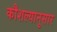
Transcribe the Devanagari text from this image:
कौशल्यानुसार